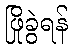
ဖြိုခွဲရန်